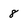
Character: 8